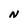
Character: N